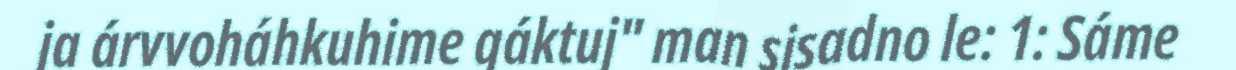
ja árvvoháhkuhime gáktuj" man sisadno le: 1: Sáme